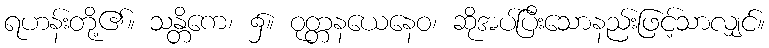
ရဟန်းတို့၏။ သန္တိကေ၊ ၌။ ဝုတ္တနယေနေဝ၊ ဆိုအပ်ပြီးသောနည်းဖြင့်သာလျှင်။